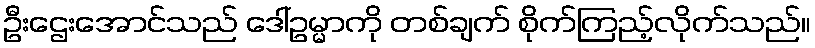
ဦးဌေးအောင်သည် ဒေါ်ဥမ္မာကို တစ်ချက် စိုက်ကြည့်လိုက်သည်။